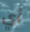
أي